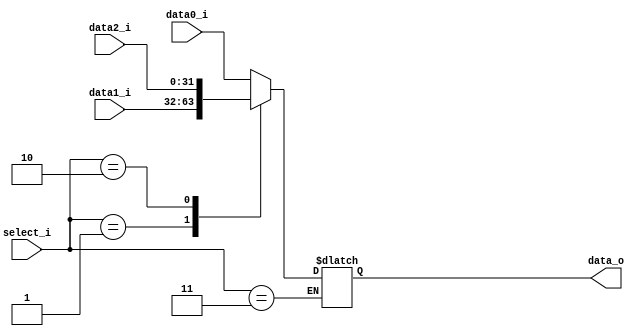
/***************************************************
Student Name: 
Student ID: 
***************************************************/

`timescale 1ns/1ps

module MUX_3to1(
	input  [31:0] data0_i,       
	input  [31:0] data1_i,
	input  [31:0] data2_i,
	input  [1:0] select_i,
	output reg[31:0] data_o
    );		   

/* Write your code HERE */
always@(*)
begin

	case(select_i)
	
		2'b00 : data_o = data0_i; 

		2'b01 : data_o = data1_i;

		2'b10 : data_o = data2_i;

		2'b11 : $display("wrong mux input!!\n");
	
	endcase

end
/*
	always@(*)
		begin
		$display("3 to 1   data_o = %b \n", data_o);
		end
*/

endmodule